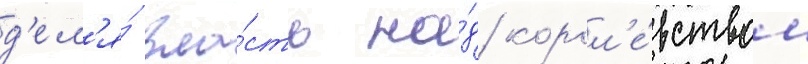
д'ел'я́ вла́сть на́д корол'е́вством